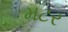
મટર